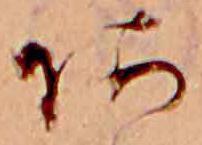
あ